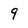
Character: 9